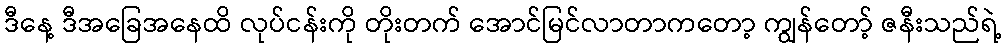
ဒီနေ့ ဒီအခြေအနေထိ လုပ်ငန်းကို တိုးတက် အောင်မြင်လာတာကတော့ ကျွန်တော့် ဇနီးသည်ရဲ့